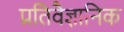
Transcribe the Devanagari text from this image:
प्रतिवैज्ञानिक